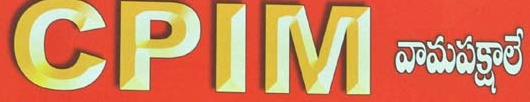
Language: telugu
Transcription: వామపక్షాలే